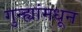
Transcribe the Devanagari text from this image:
गुन्ह्यांमधून